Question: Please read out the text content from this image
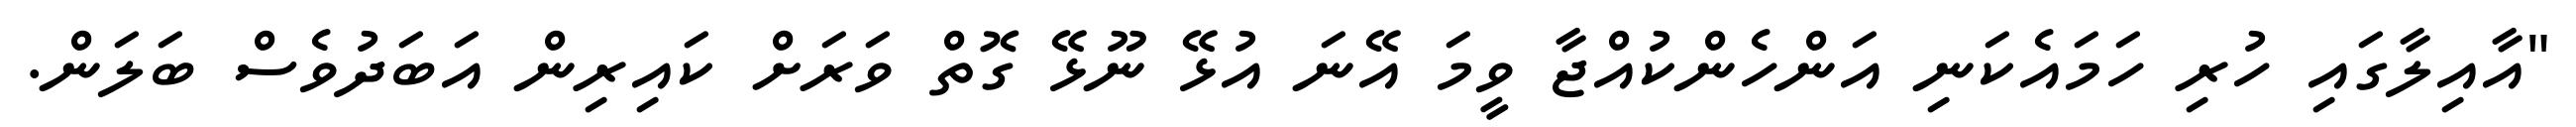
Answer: "އާއިލާގައި ހުރި ހަމައެކަނި އަންހެންކުއްޖާ ވީމަ އޭނަ އުޅޭ ނޫޅޭ ގޮތް ވަރަށް ކައިރިން އަބަދުވެސް ބަލަން.